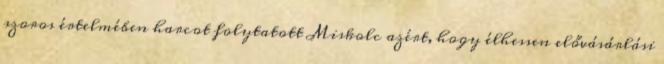
szoros értelmében harcot folytatott Miskolc azért, hogy élhessen elővásárlási